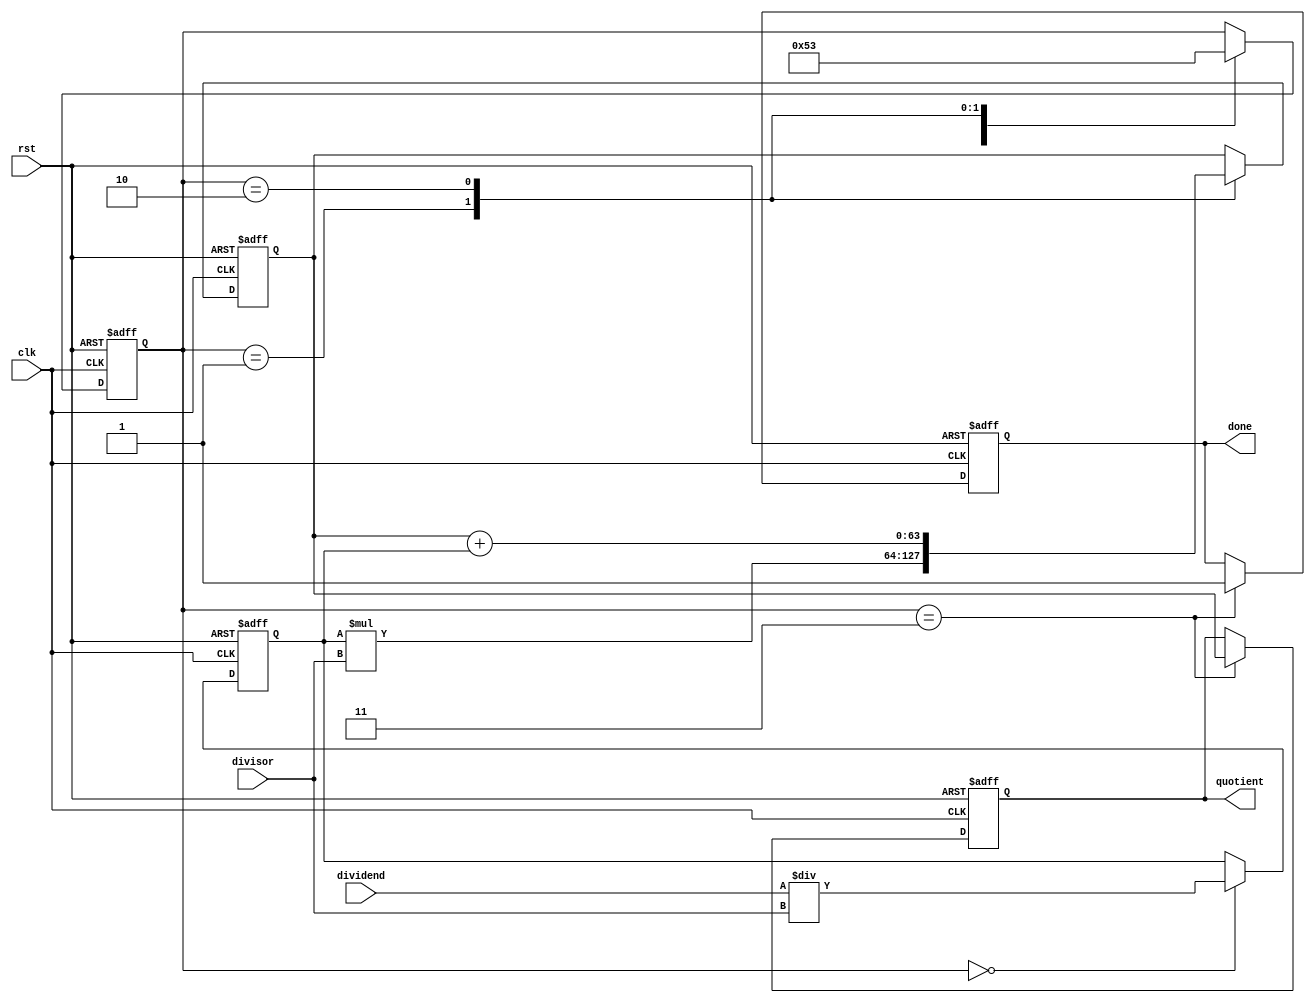
module Pipelined_Divider (
    input wire clk,
    input wire rst,
    input wire [31:0] dividend,
    input wire [31:0] divisor,
    output reg [63:0] quotient,
    output reg done
);

reg [31:0] partial_quotient;
reg [63:0] partial_result;
reg [2:0] stage;
reg [31:0] remainder;

always @(posedge clk or posedge rst) begin
    if (rst) begin
        quotient <= 0;
        done <= 0;
        stage <= 0;
        partial_quotient <= 0;
        partial_result <= 0;
        remainder <= 0;
    end else begin
        case (stage)
            0: begin
                partial_quotient <= dividend / divisor; 
                remainder <= dividend % divisor;
                stage <= 1;
            end
            1: begin
                partial_result <= partial_quotient * divisor;
                stage <= 2;
            end
            2: begin
                partial_result <= partial_result + partial_quotient;
                stage <= 3;
            end
            3: begin
                quotient <= partial_result;
                done <= 1;
            end
        endcase
    end
end

endmodule